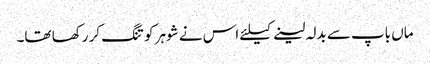
ماں باپ سے بدلہ لینے کیلئے اس نے شوہر کو تنگ کر رکھا تھا۔